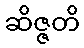
ဆိဇ္ဇတိ